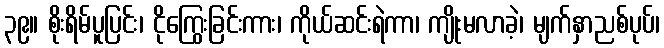
၃၉။ စိုးရိမ်ပူပြင်း၊ ငိုကြွေးခြင်းကား၊ ကိုယ်ဆင်းရဲကာ၊ ကျိုးမလာခဲ့၊ မျက်နှာညစ်ပုပ်၊